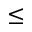
\leq